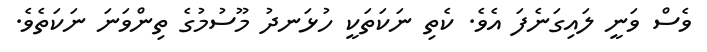
ވެސް ވަނީ ލައިގަނެފަ އެވެ. ކެތި ނަކަތަކީ ހުޅަނދު މޫސުމުގެ ތިންވަނަ ނަކަތެވެ.